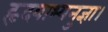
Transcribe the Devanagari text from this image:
हृदयाभ्यनुज्ञा।